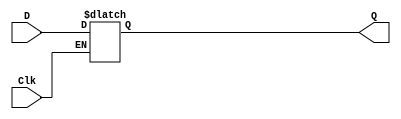
module Dflop (D, Clk, Q);
  input D, Clk;
  output reg Q;
  always @ (D, Clk)
	if (Clk)
		Q = D;
endmodule